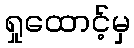
ရှုထောင့်မှ